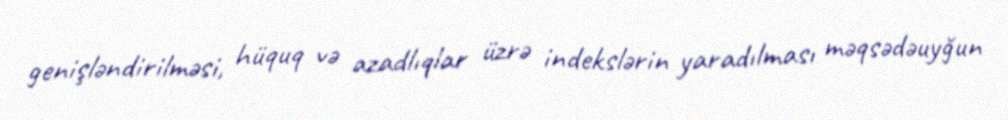
genişləndirilməsi, hüquq və azadlıqlar üzrə indekslərin yaradılması məqsədəuyğun